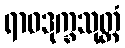
ရာဓဒုက္ခသုတ္တံ